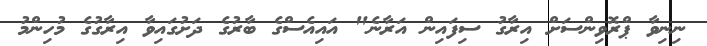
ނިނިވާ ޕްރޮވިންސަށް އިރާގު ސިފައިން އަރާނެ" އައިއެސްގެ ބާރުގެ ދަށުގައިވާ އިރާގުގެ މުހިންމު